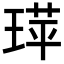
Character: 𬍷